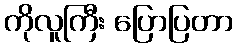
ကိုလူကြီး ပြောပြတာ